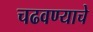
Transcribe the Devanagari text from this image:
चढवण्याचे